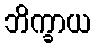
ဘိက္ခာယ